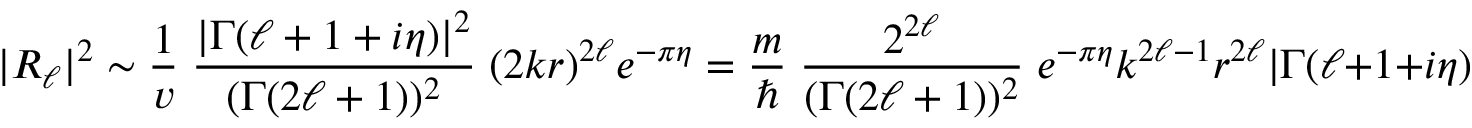
| R _ { \ell } | ^ { 2 } \sim { \frac { 1 } { v } } \; { \frac { | \Gamma ( \ell + 1 + i \eta ) | ^ { 2 } } { ( \Gamma ( 2 \ell + 1 ) ) ^ { 2 } } } \; ( 2 k r ) ^ { 2 \ell } e ^ { - \pi \eta } = { \frac { m } { \hbar } } \; { \frac { 2 ^ { 2 \ell } } { ( \Gamma ( 2 \ell + 1 ) ) ^ { 2 } } } \; e ^ { - \pi \eta } k ^ { 2 \ell - 1 } r ^ { 2 \ell } | \Gamma ( \ell + 1 + i \eta ) | ^ { 2 }